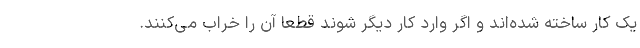
یک کار ساخته شده‌اند و اگر وارد کار دیگر شوند قطعا آن را خراب می‌کنند.